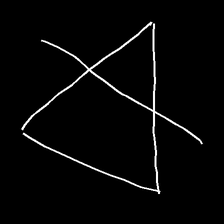
Glyph: empower